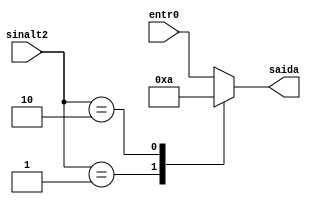
/*
	CEFET-MG
	Disciplina de Laboratrio de Arquitetura e Organizao de Computadores
	Data: 28/08/2021
	Aluno: Fernando Veizaga
	Matricula: 20203001902
*/

module muxtipo2(entr0, saida, sinalt2);
	input [2:0] entr0;
	input [1:0] sinalt2;
	
	output reg [2:0] saida;
	
	always @ (entr0 or sinalt2)
	begin
		case(sinalt2)
			2'b00: begin saida = entr0; end
			2'b01: begin saida = 3'b001; end
			2'b10: begin saida = 3'b010; end
			default: begin saida = entr0; end
		endcase
	
	end
endmodule


module test_muxtipo2;
	reg [2:0] en0;
	reg [1:0] sinal;
	
	wire [2:0] saida;
	
	initial begin
		en0 = 5;
		sinal = 0;
		#2 sinal = 1;
		#2 sinal = 2;
		#2 en0 = 2;
		sinal = 0;
		#2 sinal = 1;
		#2 sinal = 2;
	end
	
	initial begin
 		$monitor("Time=%0d entr0=%b sinalt2=%b saida=%b",$time, en0, sinal, saida);
 	end
	
	muxtipo2 mod1(en0, saida, sinal);
	
endmodule